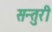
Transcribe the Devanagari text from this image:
सन्तुरी